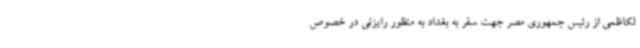
لکاظمی از رئیس جمهوری مصر جهت سفر به بغداد به منظور رایزنی در خصوص